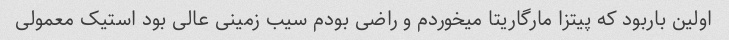
اولین بار‌بود که‌ پیتزا مارگاریتا میخوردم و راضی بودم سیب زمینی عالی بود استیک معمولی